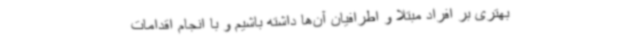
بهتری بر افراد مبتلا و اطرافیان آن‌ها داشته باشیم و با انجام اقدامات